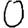
Digit: 0